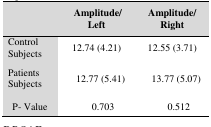
|  | Amplitude/ Left | Amplitude/ Right |
 | --- | --- | --- |
 | Control Subjects | 12.74 (4.21) | 12.55 (3.71) |
 | Patients Subjects | 12.77 (5.41) | 13.77 (5.07) |
 | P- Value | 0.703 | 0.512 |